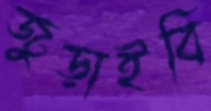
জুড়াইবি